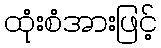
ထုံးစံအားဖြင့်